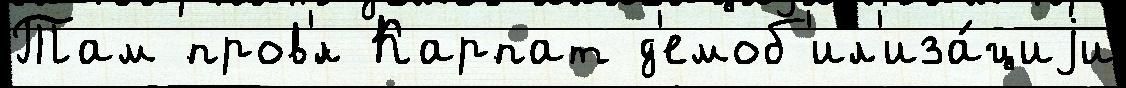
Там пров'́л Карпат д'емоб'ил'иза́циjи